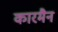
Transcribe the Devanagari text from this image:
कारमैन